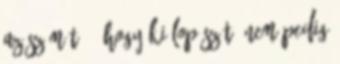
az számít –, hogy ki lop szét, nem pedig